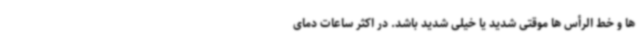
ها و خط الرأس ها موقتی شدید یا خیلی شدید باشد. در اکثر ساعات دمای